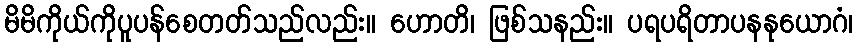
မိမိကိုယ်ကိုပူပန်စေတတ်သည်လည်း။ ဟောတိ၊ ဖြစ်သနည်း။ ပရပရိတာပနနုယောဂံ၊